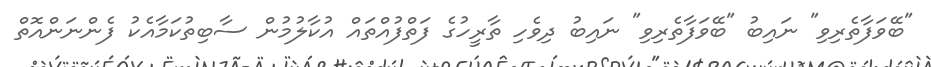
"ބޭވަފާތެރިވި" ނައިބު "ބޭވަފާތެރިވި" ނައިބު ދިވެހި ތާރީހުގެ ފަތްފުއްތައް އުކާލުމުން ސާބިތުކަމާއެކު ފެންނަންއޮތް